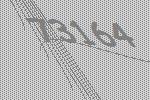
73164